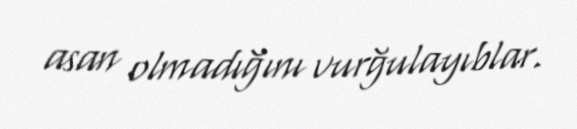
asan olmadığını vurğulayıblar.